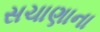
સચાણાના